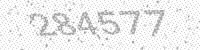
Solution: 284577